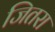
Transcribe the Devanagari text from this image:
जितरा